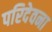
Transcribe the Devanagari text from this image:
परिदेवना